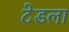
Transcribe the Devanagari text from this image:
टेडला